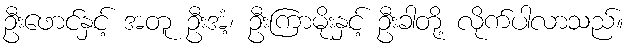
ဦးဖောင်နှင့် အတူ ဦးအံ့၊ ဦးကြာမိုးနှင့် ဦးခါတို့ လိုက်ပါလာသည်။